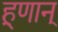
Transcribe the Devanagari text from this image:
हूणान्‌